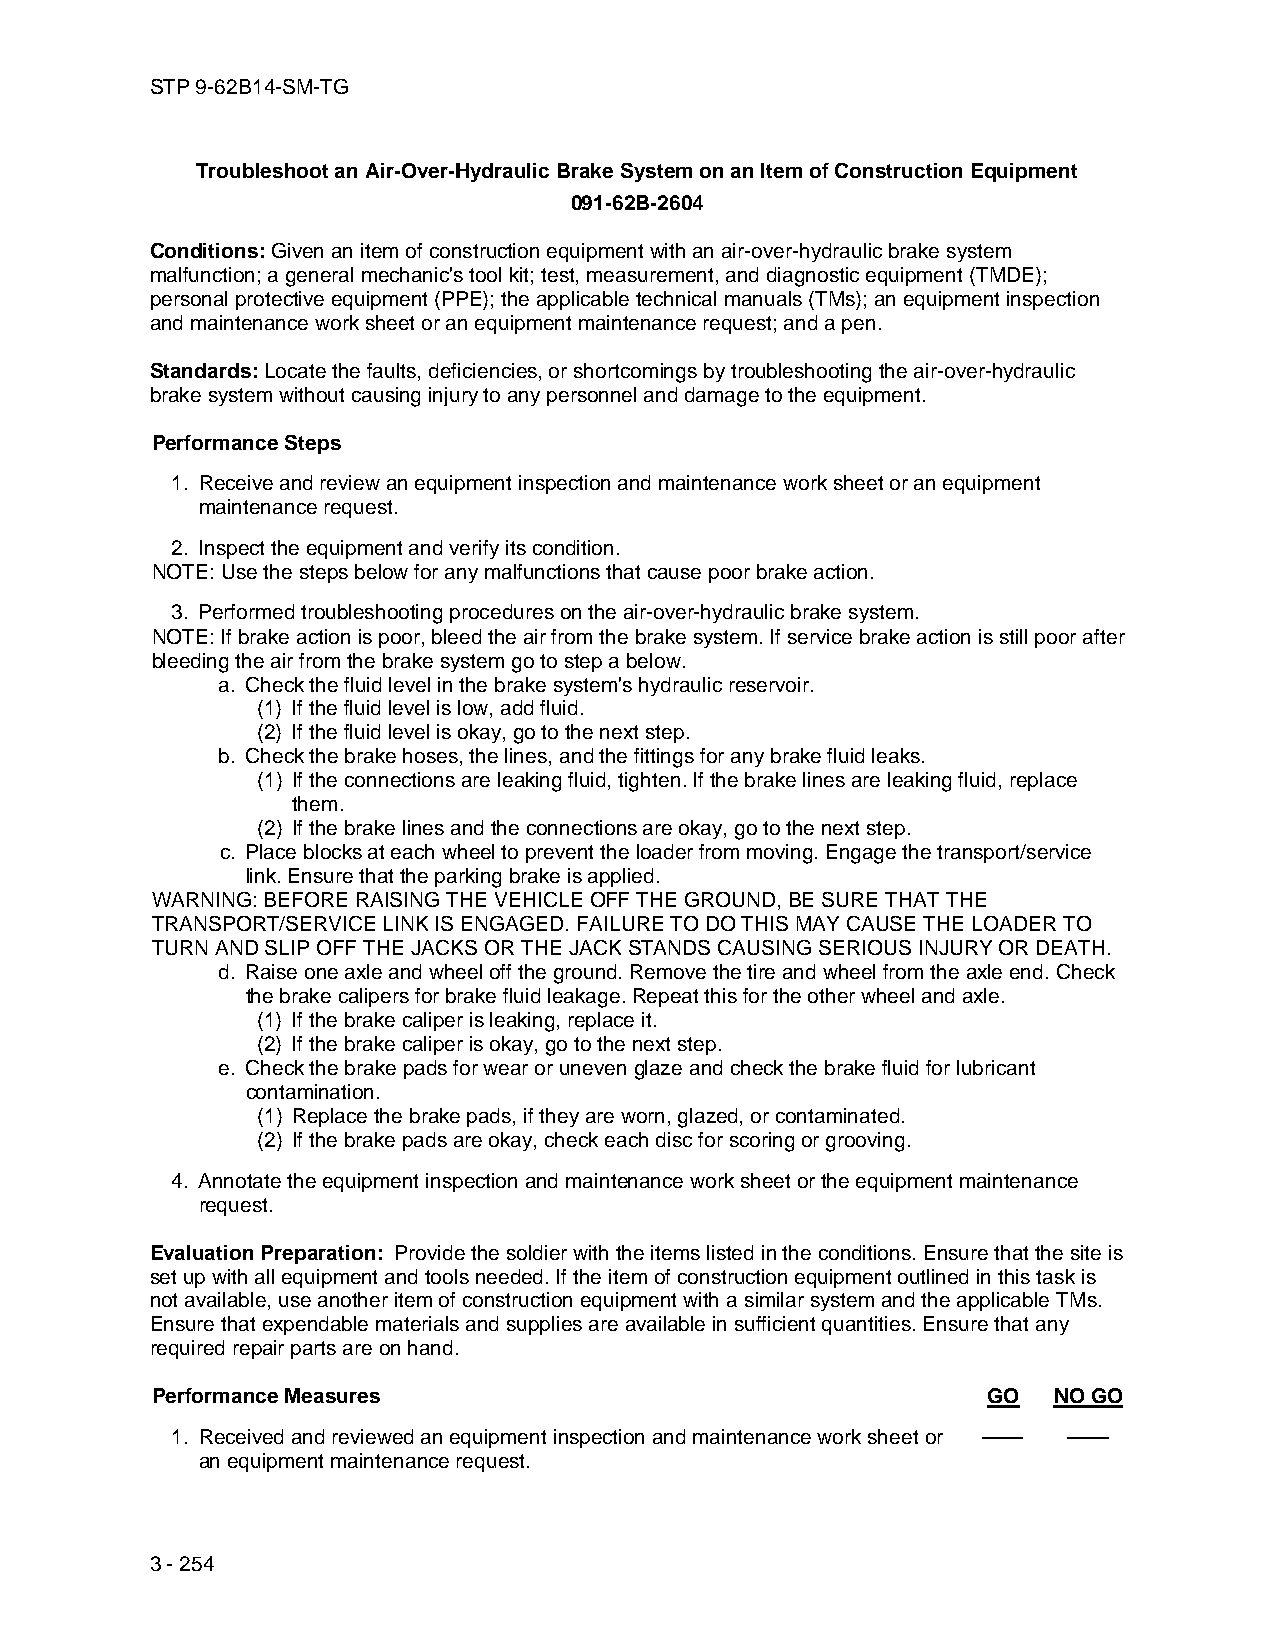
STP 9-62B14-SM-TG
 Troubleshoot an Air-Over-Hydraulic Brake System on an Item of Construction Equipment
 091-62B-2604
 Conditions: Given an item of construction equipment with an air-over-hydraulic brake system
 malfunction; a general mechanic's tool kit; test, measurement, and diagnostic equipment (TMDE);
 personal protective equipment (PPE); the applicable technical manuals (TMs); an equipment inspection
 and maintenance work sheet or an equipment maintenance request; and a pen.
 Standards: Locate the faults, deficiencies, or shortcomings by troubleshooting the air-over-hydraulic
 brake system without causing injury to any personnel and damage to the equipment.
 Performance Steps
 1. Receive and review an equipment inspection and maintenance work sheet or an equipment
 maintenance request.
 2. Inspect the equipment and verify its condition.
 NOTE: Use the steps below for any malfunctions that cause poor brake action.
 3. Performed troubleshooting procedures on the air-over-hydraulic brake system.
 NOTE: If brake action is poor, bleed the air from the brake system. If service brake action is still poor after
 bleeding the air from the brake system go to step a below.
 a. Check the fluid level in the brake system's hydraulic reservoir.
 (1) If the fluid level is low, add fluid.
 (2) If the fluid level is okay, go to the next step.
 b. Check the brake hoses, the lines, and the fittings for any brake fluid leaks.
 (1) If the connections are leaking fluid, tighten. If the brake lines are leaking fluid, replace
 them.
 (2) If the brake lines and the connections are okay, go to the next step.
 c. Place blocks at each wheel to prevent the loader from moving. Engage the transport/service
 link. Ensure that the parking brake is applied.
 WARNING: BEFORE RAISING THE VEHICLE OFF THE GROUND, BE SURE THAT THE
 TRANSPORT/SERVICE LINK IS ENGAGED. FAILURE TO DO THIS MAY CAUSE THE LOADER TO
 TURN AND SLIP OFF THE JACKS OR THE JACK STANDS CAUSING SERIOUS INJURY OR DEATH.
 d. Raise one axle and wheel off the ground. Remove the tire and wheel from the axle end. Check
 the brake calipers for brake fluid leakage. Repeat this for the other wheel and axle.
 (1) If the brake caliper is leaking, replace it.
 (2) If the brake caliper is okay, go to the next step.
 e. Check the brake pads for wear or uneven glaze and check the brake fluid for lubricant
 contamination.
 (1) Replace the brake pads, if they are worn, glazed, or contaminated.
 (2) If the brake pads are okay, check each disc for scoring or grooving.
 4. Annotate the equipment inspection and maintenance work sheet or the equipment maintenance
 request.
 Evaluation Preparation: Provide the soldier with the items listed in the conditions. Ensure that the site is
 set up with all equipment and tools needed. If the item of construction equipment outlined in this task is
 not available, use another item of construction equipment with a similar system and the applicable TMs.
 Ensure that expendable materials and supplies are available in sufficient quantities. Ensure that any
 required repair parts are on hand.
 Performance Measures                                   GO   NO GO
 1. Received and reviewed an equipment inspection and maintenance work sheet or —— ——
 an equipment maintenance request.
 3 - 254